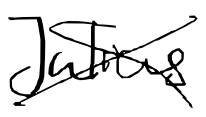
Text: Julius
Cross-out: cross
Writing tool: digital_black